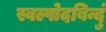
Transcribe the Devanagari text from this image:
स्वल्पोदबिन्दुं